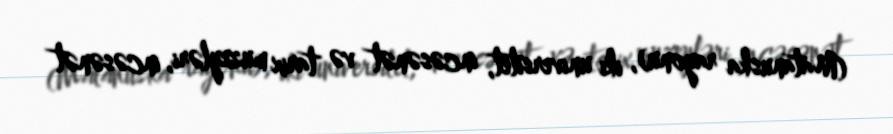
(Matanuska rayonu), iki universitet, incəsənət və tarix muzeyləri, incəsənət